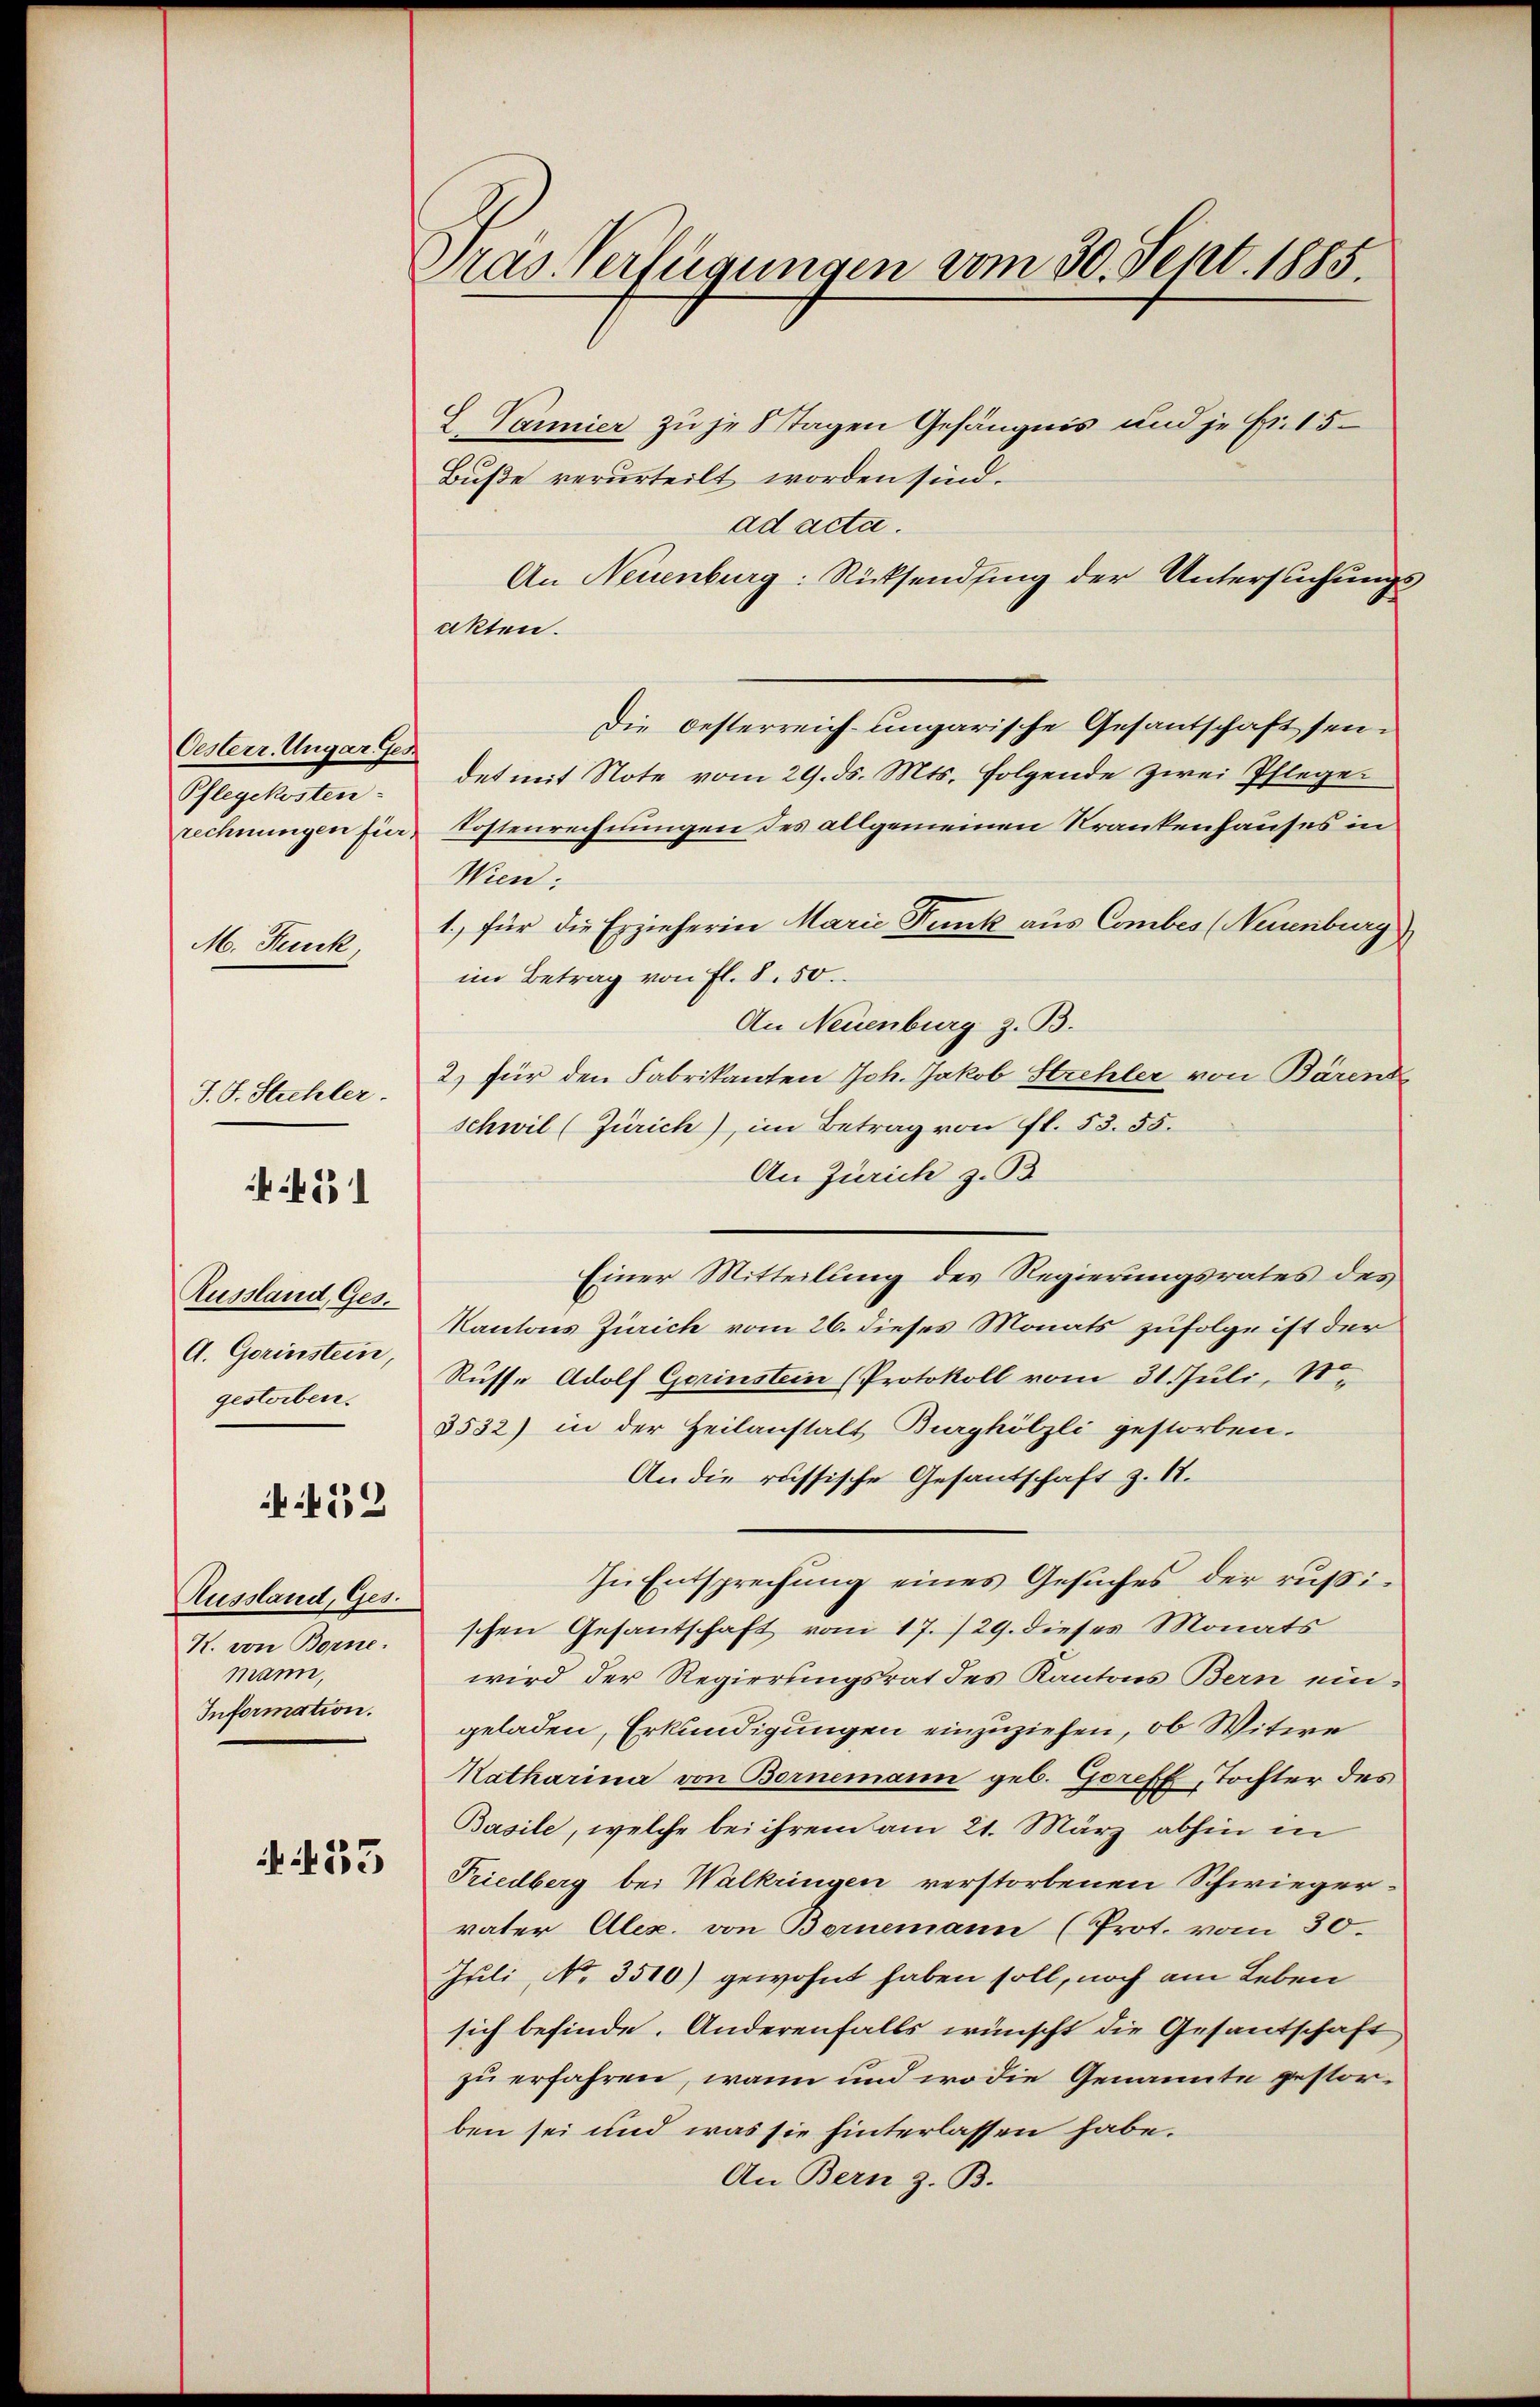
Oesterr. Ungar. Ges
Pflegekosten-
rechnungen für

M. Feuck

J. J. Stichler.

531

Aussland, Ges.
A. Gerinstein,
gestorben.

452

Aussland, Ges.
K. von Borne
mann,
Information.

455

Pras. Verfügungen vom 30. Sept. 1885.

L Vönnier zu je Stagen Gefängnis und je fr. 15
Buße verurteilt worden sind.
ad acta.
An Neuenburg: Rücksendung der Untersuchungsakten.
Die Oesterreich-ungarische Gesantschaft seidet mit Note vom 29. ds. Mts. folgende zwei Pflege
Kostenrechnungen des allgemeinen Krankenhauses in
Wien,
1.) für die Erzieherin Marie Funk aus Comtes (Neuenburg
im Betrag von fl. 8.50.
An Neuenburg z. B.
2) für den Fabrikanten Joh. Jakob Strehler von Bärent
schwil (Zürich), im Betrag von fl. 53. 55.
An Zürich z. B
Einer Mitteilung des Regierungsrates des
Kantons Zürich vom 26. dieses Monats zufolge ist der
Russe Adolf Gerinstein (Protokoll vom 31. Juli, Ne
3532) in der Heilanstalt Burghölzli gestorben.
An die russische Gesantschaft z. 12.
In Entsprechung eines Gesuches der rußischen Gesantschaft von 17./29. dieses Monats
wird der Regierungsrat des Kantons Bern ein
geladen, Erkundigungen einzuziehen, ob Witwe
Katharina von Bornemann geb. Goreff, Tochter des
Basile, welche bei ihrem am 21. März abhin in
Triedberg bei Walkringen verstorbenen Schwiegervater Alex. von Bernemann (Prot. vom 30.
Juli, No. 3510) gewohnt haben soll, noch am Leben
sich befinde. Anderenfalls wünscht die Gesandtschaft
zu erfahren, wann und wo die Genannte gestorben sei und was sie hinterlassen habe.
An Bern z. B.